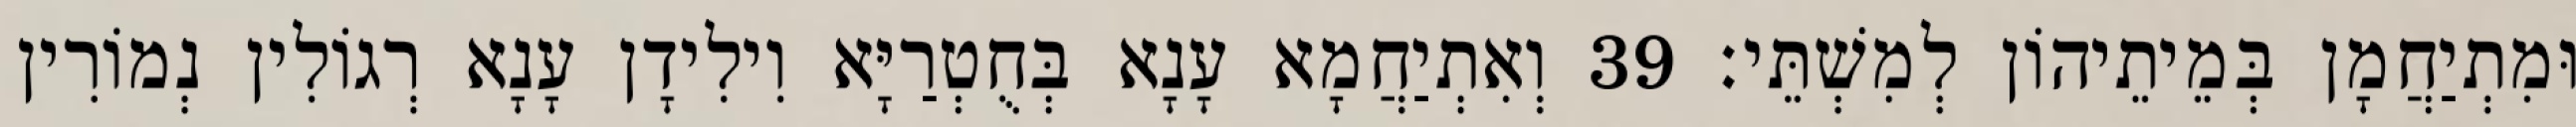
וּמִתְיַחֲמָן בְּמֵיתֵיהוֹן לְמִשְׁתֵּי׃ 39 וְאִתְיַחֲמָא עָנָא בְּחֻטְרַיָּא וִילִידָן עָנָא רְגוֹלִין נְמוֹרִין